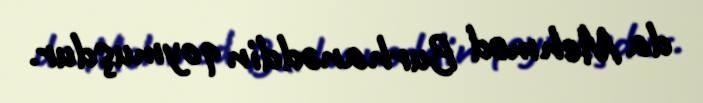
da Mehmed Burhanəddin qoymuşdur.